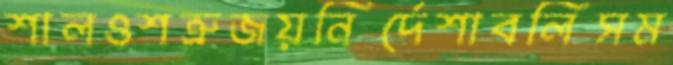
শালওশত্রুজয়নির্দেশাবলিসম